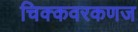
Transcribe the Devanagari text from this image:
चिक्कवरकणज